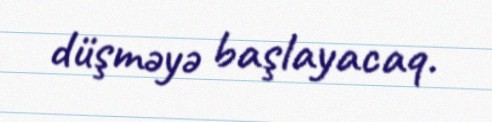
düşməyə başlayacaq.